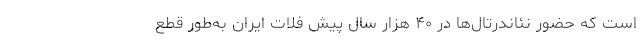
است که حضور نئاندرتال‌ها در ۴۰ هزار سال پیش فلات ایران به‌طور قطع